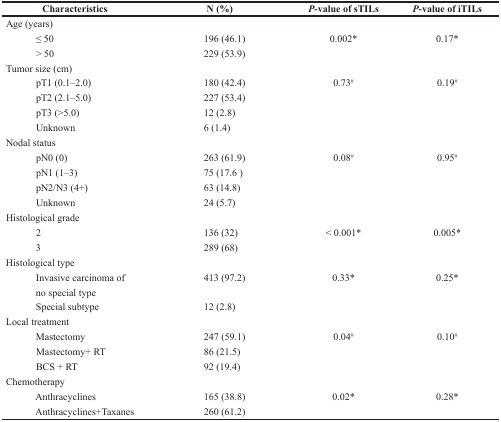
<table><thead><tr><td><b>Characteristics</b></td><td><b>N (%)</b></td><td><b><i>P</i>-value of sTILs</b></td><td><b><i>P</i>-value of iTILs</b></td></tr></thead><tbody><tr><td>Age (years)</td><td></td><td></td><td></td></tr><tr><td> ≤ 50</td><td>196 (46.1)</td><td>0.002<sup>*</sup></td><td>0.17<sup>*</sup></td></tr><tr><td> &gt; 50</td><td>229 (53.9)</td><td></td><td></td></tr><tr><td>Tumor size (cm)</td><td></td><td></td><td></td></tr><tr><td> pT1 (0.1–2.0)</td><td>180 (42.4)</td><td>0.73<sup>#</sup></td><td>0.19<sup>#</sup></td></tr><tr><td> pT2 (2.1–5.0)</td><td>227 (53.4)</td><td></td><td></td></tr><tr><td> pT3 (&gt;5.0)</td><td>12 (2.8)</td><td></td><td></td></tr><tr><td> Unknown</td><td>6 (1.4)</td><td></td><td></td></tr><tr><td>Nodal status</td><td></td><td></td><td></td></tr><tr><td> pN0 (0)</td><td>263 (61.9)</td><td>0.08<sup>#</sup></td><td>0.95<sup>#</sup></td></tr><tr><td> pN1 (1–3)</td><td>75 (17.6 )</td><td></td><td></td></tr><tr><td> pN2/N3 (4+)</td><td>63 (14.8)</td><td></td><td></td></tr><tr><td> Unknown</td><td>24 (5.7)</td><td></td><td></td></tr><tr><td>Histological grade</td><td></td><td></td><td></td></tr><tr><td> 2</td><td>136 (32)</td><td>&lt; 0.001<sup>*</sup></td><td>0.005<sup>*</sup></td></tr><tr><td> 3</td><td>289 (68)</td><td></td><td></td></tr><tr><td>Histological type</td><td></td><td></td><td></td></tr><tr><td> Invasive carcinoma of</td><td>413 (97.2)</td><td>0.33<sup>*</sup></td><td>0.25<sup>*</sup></td></tr><tr><td> no special type</td><td></td><td></td><td></td></tr><tr><td> Special subtype</td><td>12 (2.8)</td><td></td><td></td></tr><tr><td>Local treatment</td><td></td><td></td><td></td></tr><tr><td> Mastectomy</td><td>247 (59.1)</td><td>0.04<sup>#</sup></td><td>0.10<sup>#</sup></td></tr><tr><td> Mastectomy+ RT</td><td>86 (21.5)</td><td></td><td></td></tr><tr><td> BCS + RT</td><td>92 (19.4)</td><td></td><td></td></tr><tr><td>Chemotherapy</td><td></td><td></td><td></td></tr><tr><td> Anthracyclines</td><td>165 (38.8)</td><td>0.02<sup>*</sup></td><td>0.28<sup>*</sup></td></tr><tr><td> Anthracyclines+Taxanes</td><td>260 (61.2)</td><td></td><td></td></tr></tbody></table>